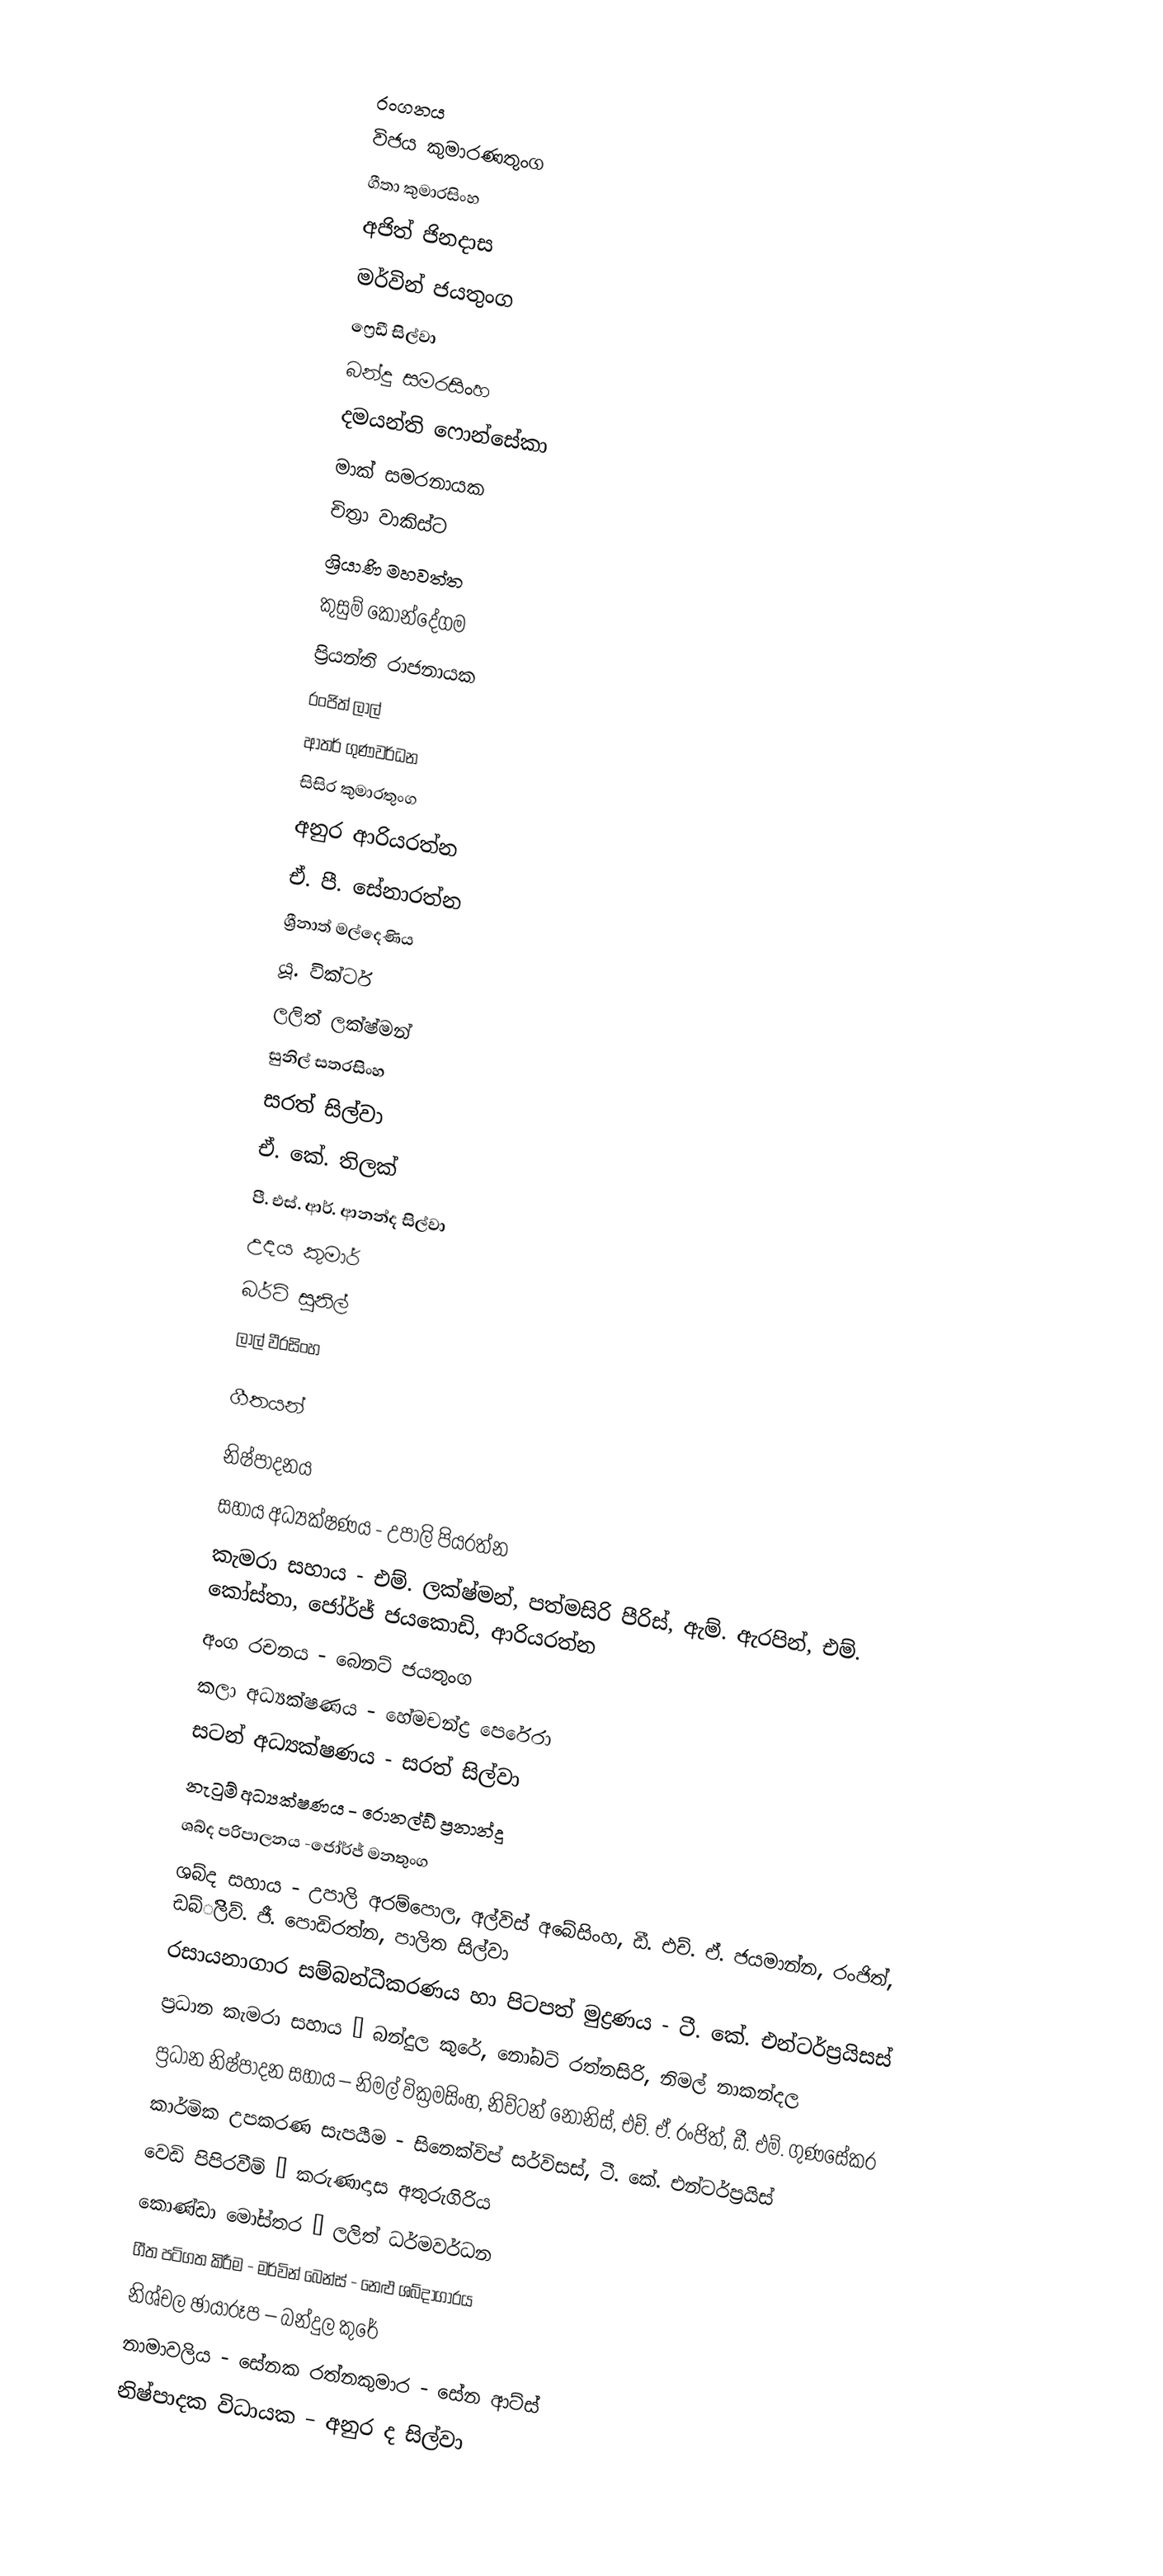

රංගනය
විජය කුමාරණතුංග
ගීතා කුමාරසිංහ
අජිත් ජිනදාස
මර්වින් ජයතුංග
ෆ්‍රෙඩී සිල්වා
බන්දු සමරසිංහ
දමයන්ති ෆොන්සේකා
මාක් සමරනායක
චිත්‍රා වාකිස්ට
ශ්‍රියාණි මහවත්ත
කුසුම් කොන්දේගම
ප්‍රියන්ති රාජනායක
රංජිත් ලාල්
ආතර් ගුණවර්ධන
සිසිර කුමාරතුංග
අනුර ආරියරත්න
ඒ. පී. සේනාරත්න
ශ්‍රීනාත් මල්දෙණිය
යූ. වික්ටර්
ලලිත් ලක්ෂ්මන්
සුනිල් සතරසිංහ
සරත් සිල්වා
ඒ. කේ. තිලක්
පී. එස්. ආර්. ආනන්ද සිල්වා
උදය කුමාර්
බර්ටි සුනිල්
ලාල් වීරසිංහ

ගීතයන්

නිෂ්පාදනය
සහාය අධ්‍යක්ෂණය - උපාලි පියරත්න
කැමරා සහාය - එම්. ලක්ෂ්මන්, පත්මසිරි පීරිස්, ඇම්. ඇරපින්, එම්. කෝස්තා, ජෝර්ජ් ජයකොඩි, ආරියරත්න
අංග රචනය - බෙනට් ජයතුංග
කලා අධ්‍යක්ෂණය - හේමචන්ද්‍ර පෙරේරා
සටන් අධ්‍යක්ෂණය - සරත් සිල්වා
නැටුම් අධ්‍යක්ෂණය - රොනල්ඩ් ප්‍රනාන්දු
ශබ්ද පරිපාලනය -ජෝර්ජ් මනතුංග
ශබ්ද සහාය - උපාලි අරම්පොල, අල්විස් අබේසිංහ, ඩී. එච්. ඒ. ජයමාන්න, රංජිත්, ඩබ්ිලිව්. ජී. පොඩිරත්න, පාලිත සිල්වා
රසායනාගාර සම්බන්ධීකරණය හා පිටපත් මුද්‍රණය - ටී. කේ. එන්ටර්ප්‍රයිසස්
ප්‍රධාන කැමරා සහාය – බන්දුල කුරේ, නෝබට් රත්නසිරි, නිමල් නාකන්දල
ප්‍රධාන නිෂ්පාදන සහාය – නිමල් වික්‍රමසිංහ, නිව්ටන් නෝනිස්, එච්. ඒ. රංජිත්, ඩී. එම්. ගුණසේකර
කාර්මික උපකරණ සැපයීම - සිනෙක්විප් සර්විසස්, ටී. කේ. එන්ටර්ප්‍රයිස්
වෙඩි පිපිරවීම් – කරුණාදාස අතුරුගිරිය
කොණ්ඩා මෝස්තර – ලලිත් ධර්මවර්ධන
ගීත පටිගත කිරීම - මර්වින් බෙන්ස් - නෙළු ශබ්දාගාරය
නිශ්චල ඡායාරූප – බන්දුල කුරේ
නාමාවලිය - සේනක රත්නකුමාර - සේන ආට්ස්
නිෂ්පාදක විධායක – අනුර ද සිල්වා